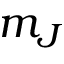
m _ { J }